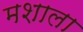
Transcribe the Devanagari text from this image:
मशाला